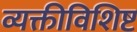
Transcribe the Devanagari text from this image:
व्यक्तीविशिष्ट